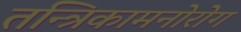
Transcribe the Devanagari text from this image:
तन्त्रिकामनोरोग